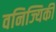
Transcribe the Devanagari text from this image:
वनिज्यिकी